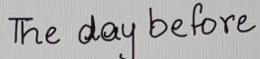
The day before